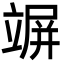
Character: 竮